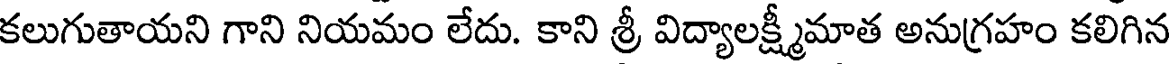
కలుగుతాయని గాని నియమం లేదు. కాని శ్రీ విద్యాలక్ష్మీమాత అనుగ్రహం కలిగిన